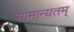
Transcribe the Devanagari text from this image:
सामान्यतम्